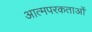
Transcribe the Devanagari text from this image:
आत्मपरकताओं